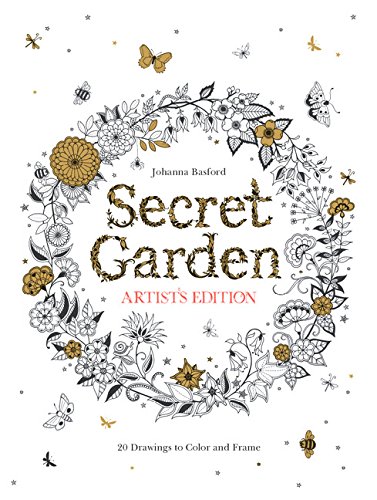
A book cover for Secret Garden Artist's Edition: 20 Drawings to Color and Frame; Johanna Basford; Humor & Entertainment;